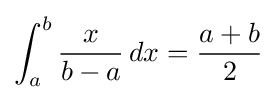
\int _{a}^{b}{\frac {x}{b-a}}\,dx={\frac {a+b}{2}}